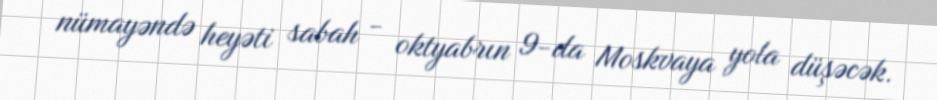
nümayəndə heyəti sabah - oktyabrın 9-da Moskvaya yola düşəcək.